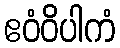
ဧဝံဝိပါကံ